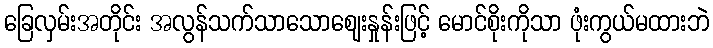
ခြေလှမ်းအတိုင်း အလွန်သက်သာသောဈေးနှုန်းဖြင့် မောင်စိုးကိုသာ ဖုံးကွယ်မထားဘဲ